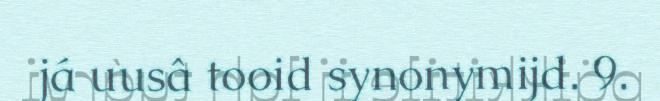
já uusâ tooid synonymijd. 9.